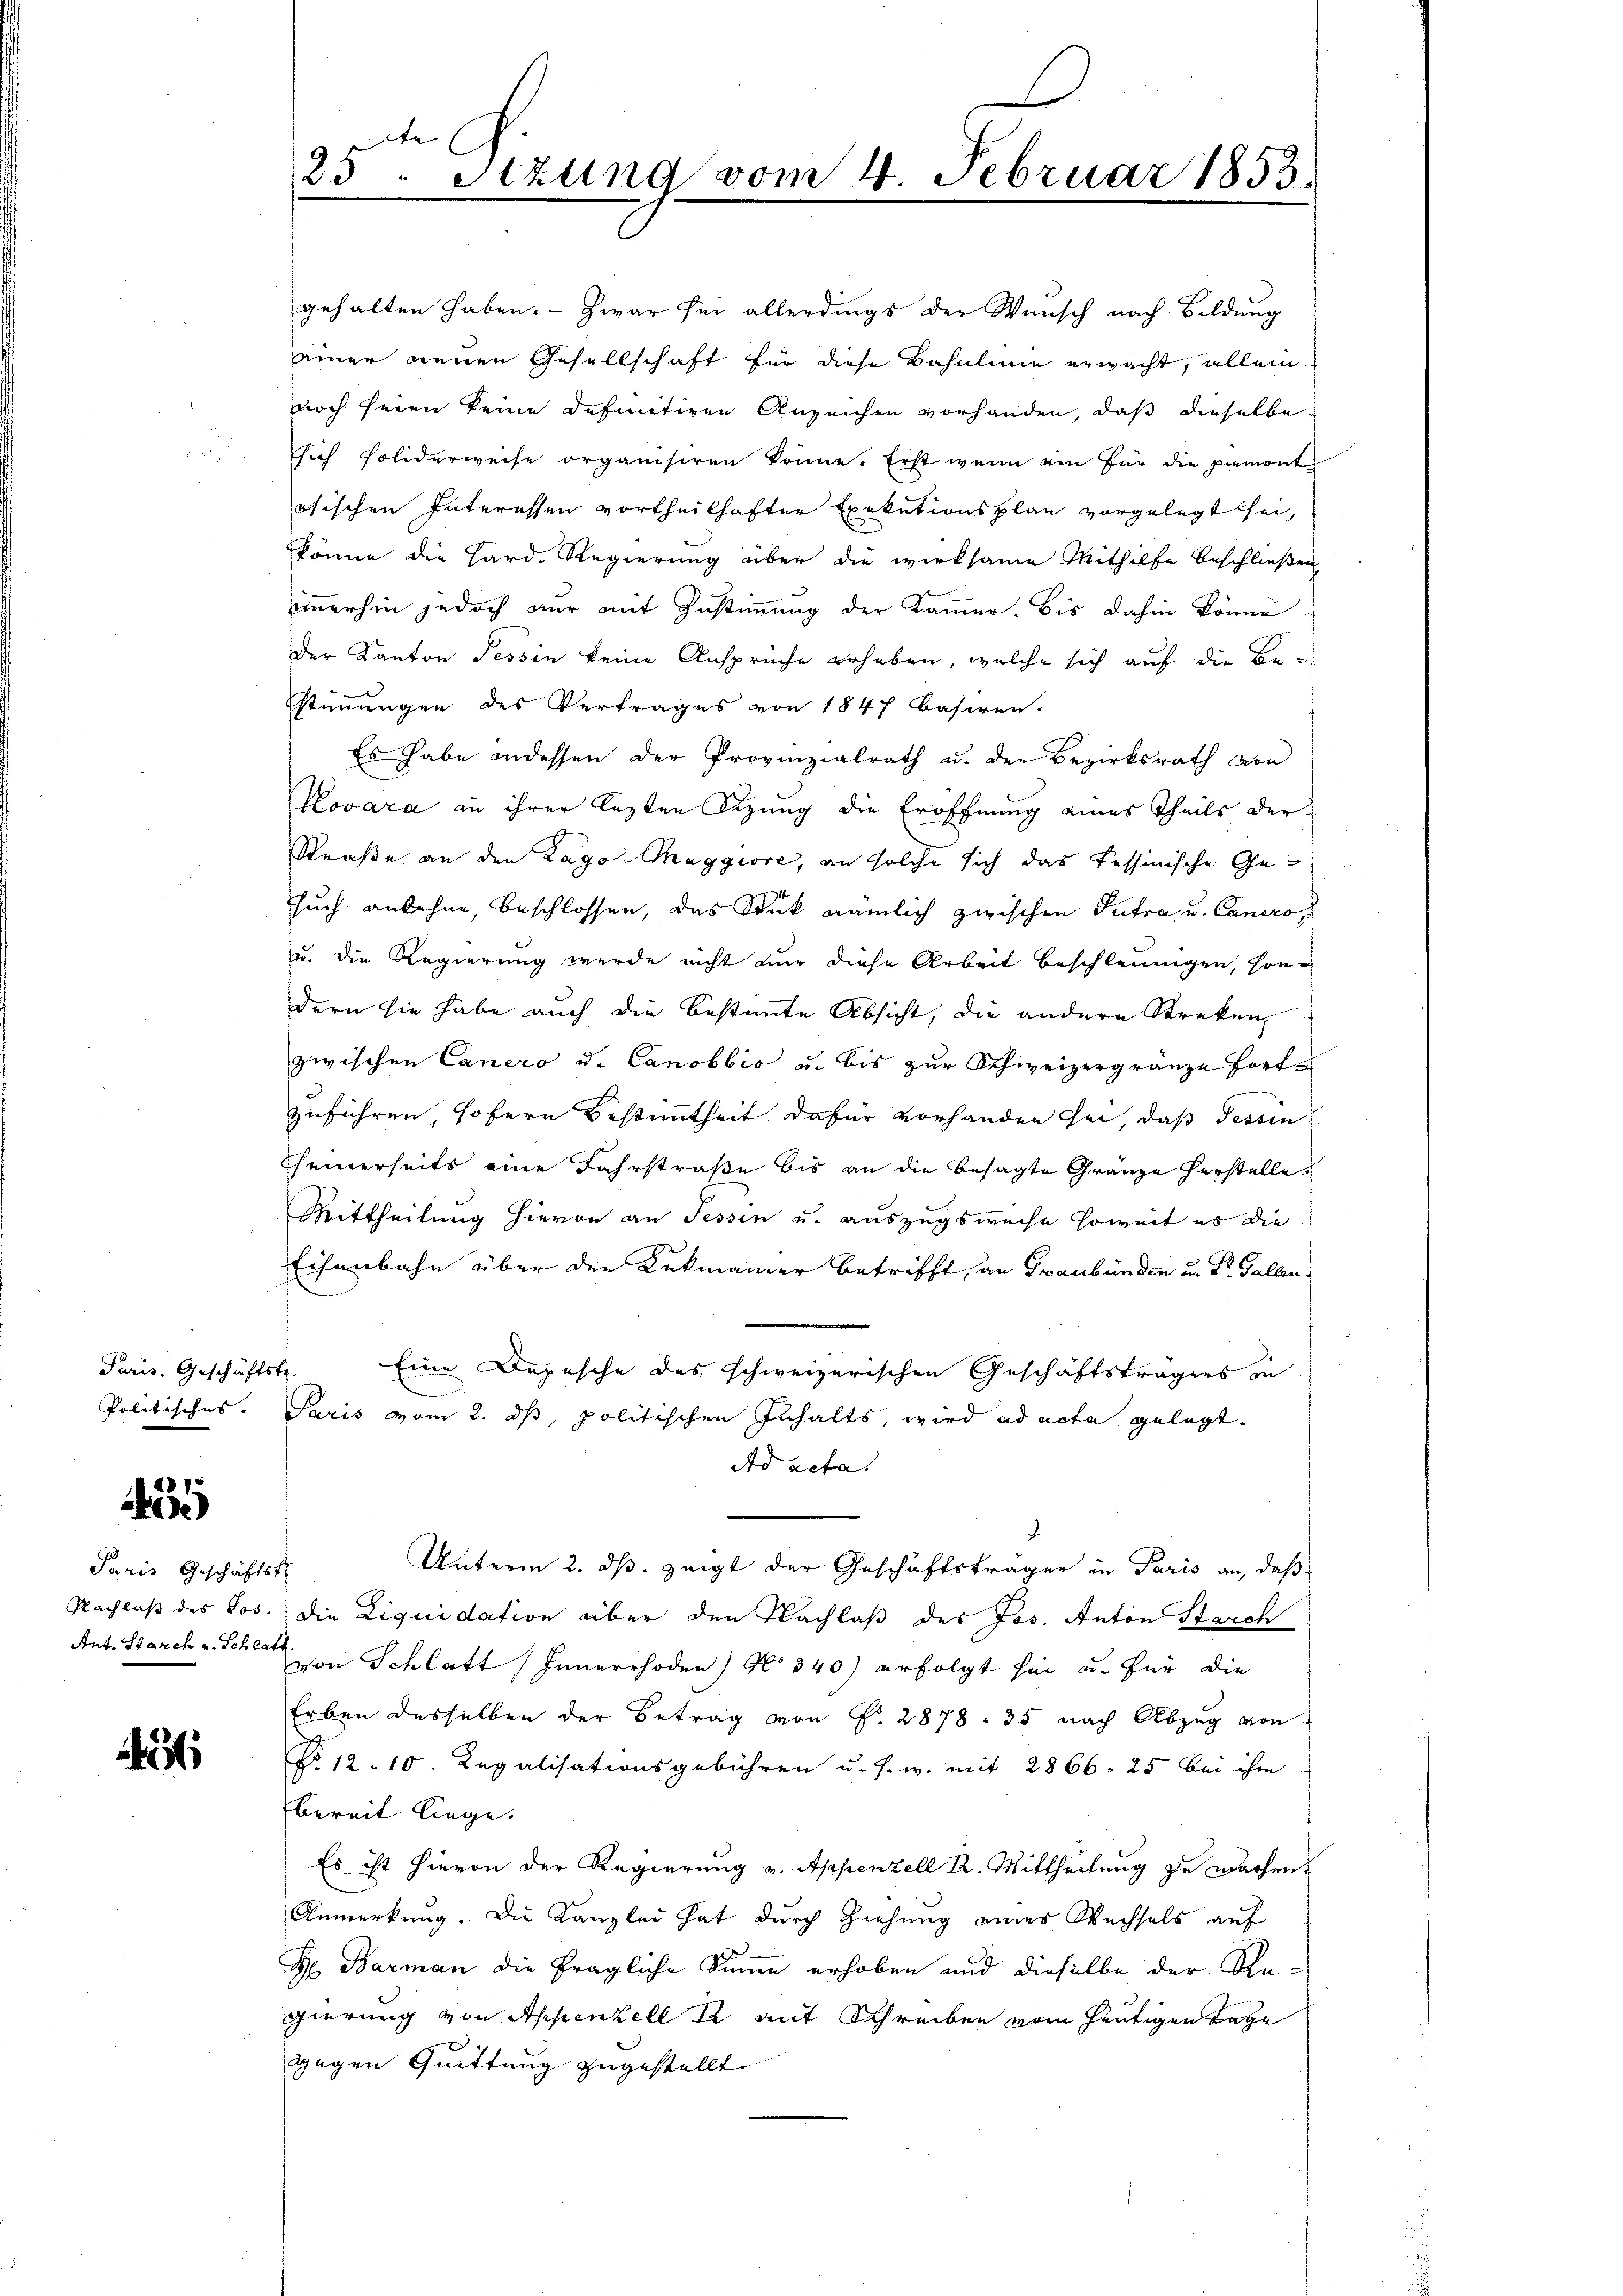
1

Paris Geschäftst
Ant. Starch u. Schlatt.

25

25. Stzung vom 4. Februar 1853.
e

gehalten haben. - Zwar sei allerdings der Wunsch nach Bildung
einer neuen Gesellschaft für diese Bahnlinie erwacht, allein
noch seien keine definitiven Anzeichen vorhanden, daß dieselbe
sich soliderweise organisiren könne. Erst wenn am für die premont
ösischen Interessen vortheilhafter Exekutionsplan vorgelegt sei,
könne die Hard. Regierung über die wirksame Mithilfe beschließen
immerhin jedoch nur mit Zustimmung der Kammer bis dahin könne.
der Kanton Tessin keine Ansprüche erheben, welche sich auf die Bestimmungen des Vertrages von 1847 basiren.
Es habe andessen der Provinzialrath u. der Bezirksrath von
Kovara in ihrer lezten Sizung die Eröffnung eines Theils der
Straße an den Lago Maggiore, an solche sich das Tessinische Gesuch anlehne, beschlossen, das Stück nämlich zwischen Putra u. Cancro¬
u. die Regierung wurde nicht nur diese Arbeit beschleunigen, sondern sie habe auch die bestimmte Absicht, die andere Streken
zwischen Canero d. Canobbio u. bis zur Schweizergränze Fortzuführen sofern Bestimmtheit dafür vorhanden sei, das Tessin
Cheinerseits eine Fahrstraße bis an die besagte Gränze herstelle.
Mittheilung hievon an Tessin u. auszugsweise soweit es die
Eisenbahn über den Lukmainer betrifft, an Graubünden u. Dr. Gallen
Paris. Geschäftstr. Eine Depesche des schweizerischen Geschäftsträgers in
Politisches. Paris vom 2. ds, politischen Inhalts, wird ad acta gelegt.
Ad acta.
2.
Unterm 2. ds. zeigt der Geschäftsträger in Paris an, daß
Nachlaß des Jos. die Liquidation über den Nachlaß des Jos. Anton Starch
von Schlatt (Innerrhoden No. 340) erfolgt hin u. für die
Erben desselben der Betrag von N. 2878. 35 nach Abzug von
No 12. 10. Regalisationsgebühren u. s. w. mit 2866. 25 bei ihm
bereit liege.
Es ist hievon der Regierung v. Appenzell 12. Mittheilung zu machen,
Anmerkung. Die Kanzlei hat durch Ziehung eines Wechsels auf
H Barman die fragliche Sinne erhoben und dieselbe der Regierung von Appenzell 2 mit Schreiben vom heutigen Tage
gegen Quittung zugestellt.